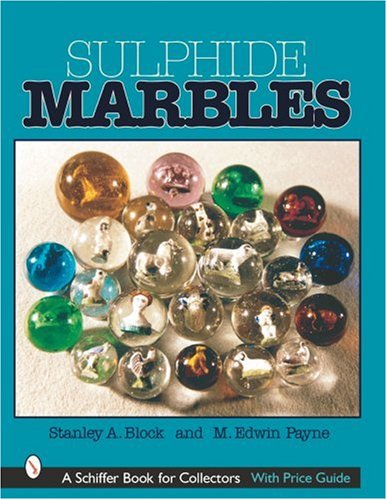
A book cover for Sulphide Marbles (A Schiffer Book for Collectors); Stanley A. Block; Crafts, Hobbies & Home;